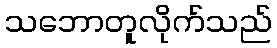
သဘောတူလိုက်သည်